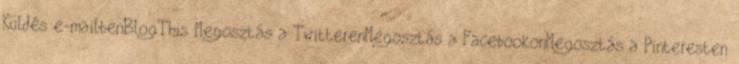
Küldés e-mailbenBlogThis Megosztás a TwitterenMegosztás a FacebookonMegosztás a Pinteresten